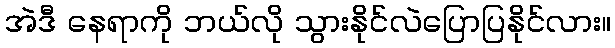
အဲဒီ နေရာကို ဘယ်လို သွားနိုင်လဲပြောပြနိုင်လား။